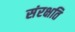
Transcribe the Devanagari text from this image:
संरक्षति